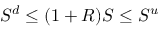
S ^ { d } \leq ( 1 + R ) S \leq S ^ { u }